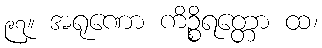
၉၇။ အရုဏော ကိဉ္စိရတ္တော ထ၊